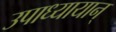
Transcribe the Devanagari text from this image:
उपाध्यायान्‌